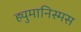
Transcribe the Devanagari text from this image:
ह्युमानिस्मस